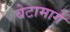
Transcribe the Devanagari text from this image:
बेटामार्गे